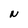
Character: N